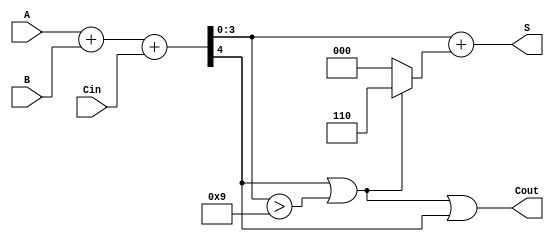
module BCD_Adder (
    input  [3:0] A,      // First BCD digit
    input  [3:0] B,      // Second BCD digit
    input        Cin,     // Carry input
    output [3:0] S,      // BCD sum output
    output       Cout     // Carry output
);
    wire [4:0] Sum;          // 5-bit sum to hold the result
    wire correction_needed;   // Flag to indicate if correction is necessary

    // Step 1: Binary addition
    assign Sum = A + B + Cin;

    // Step 2: Determine if correction is needed
    assign correction_needed = (Sum[4] || (Sum[3:0] > 4'b1001));

    // Step 3: Adjust the sum for BCD correction if needed
    assign S = Sum[3:0] + (correction_needed ? 4'b0110 : 4'b0000);
    
    // Set carry out
    assign Cout = correction_needed || Sum[4];

endmodule